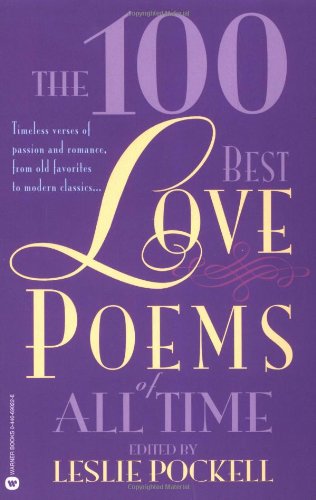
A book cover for The 100 Best Love Poems of All Time; Leslie Pockell; Literature & Fiction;